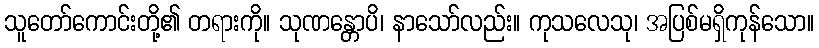
သူတော်ကောင်းတို့၏ တရားကို။ သုဏန္တောပိ၊ နာသော်လည်း။ ကုသလေသု၊ အပြစ်မရှိကုန်သော။